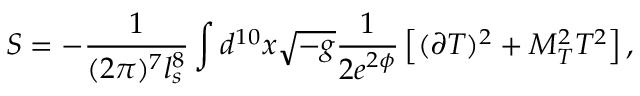
S = - \frac { 1 } { ( 2 \pi ) ^ { 7 } l _ { s } ^ { 8 } } \int d ^ { 1 0 } x \sqrt { - g } \frac { 1 } { 2 e ^ { 2 \phi } } \left[ ( \partial T ) ^ { 2 } + M _ { T } ^ { 2 } T ^ { 2 } \right] ,